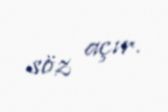
söz açır.